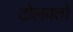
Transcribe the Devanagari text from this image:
टोलवतो